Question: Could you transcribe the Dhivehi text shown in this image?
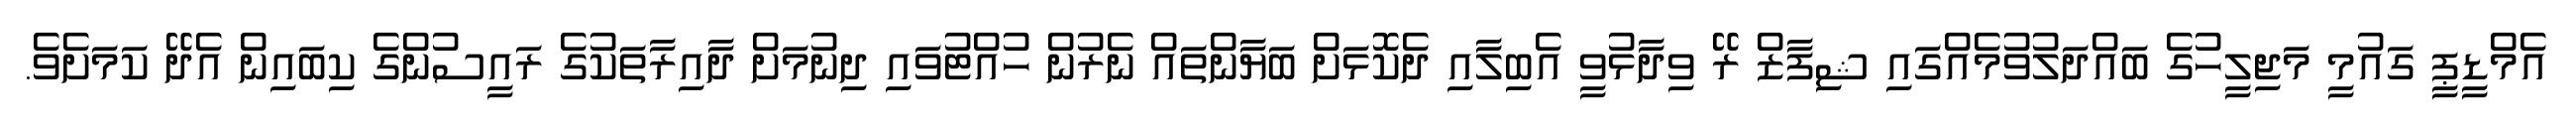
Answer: އެމްޑީޕީ ގައުމީ މަޖިލީހުގެ ބައްދަލުވުމެއްގައި ޝިފާޒް ރޭ ވިދާޅުވީ އެބިލާއި ދެކޮޅަށް ބަޔާންތައް ނެރުން ހުއްޓުވައި ދިނުމަށް ދާއިރާތަކުގެ ރައީސުންގެ ކިބައިން އެދޭ ކަމަށެވެ.